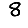
Digit: 8